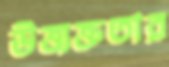
উত্ত্যক্ততার